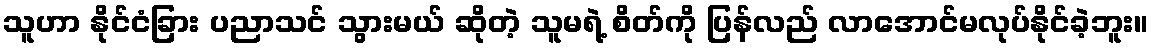
သူဟာ နိုင်ငံခြား ပညာသင် သွားမယ် ဆိုတဲ့ သူမရဲ့ စိတ်ကို ပြန်လည် လာအောင်မလုပ်နိုင်ခဲ့ဘူး။